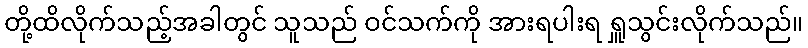
တို့ထိလိုက်သည့်အခါတွင် သူသည် ဝင်သက်ကို အားရပါးရ ရှူသွင်းလိုက်သည်။